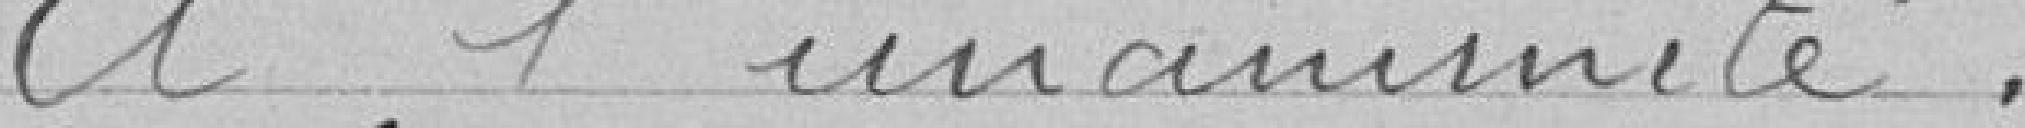
à l'unanimité :